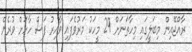
ރާއްޖޭއިން މިބަލީގައި މިހާތަނަށް 29 މީހަކު މަރުވެފައި ވާއިރު ފަސް ހާހަށް ވުރެން